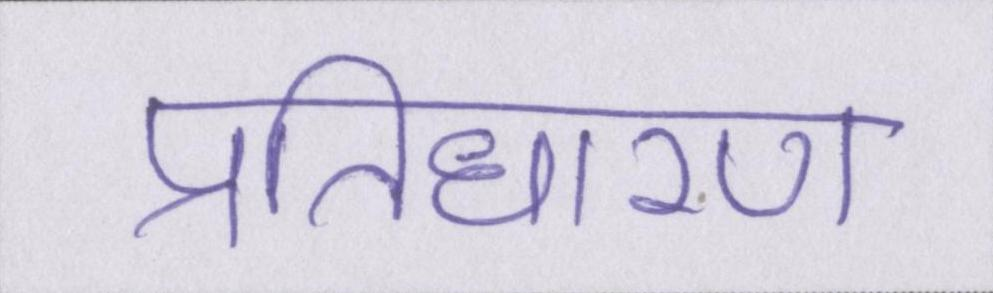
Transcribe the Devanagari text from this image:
प्रतिधारण